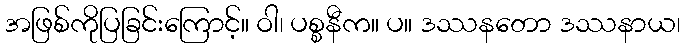
အဖြစ်ကိုပြခြင်းကြောင့်။ ဝါ၊ ပစ္စနီက။ ပ။ ဒဿနတော ဒဿနာယ၊